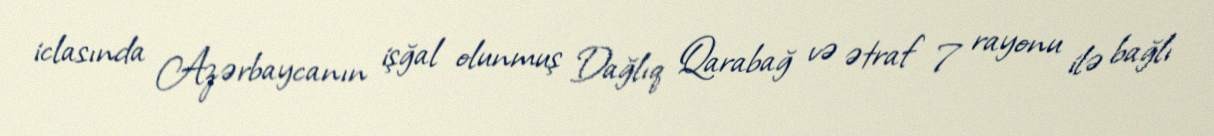
iclasında Azərbaycanın işğal olunmuş Dağlıq Qarabağ və ətraf 7 rayonu ilə bağlı